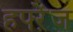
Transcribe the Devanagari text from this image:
हफ्ऱेंज